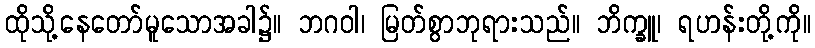
ထိုသို့နေတော်မူသောအခါ၌။ ဘဂဝါ၊ မြတ်စွာဘုရားသည်။ ဘိက္ခူ၊ ရဟန်းတို့ကို။